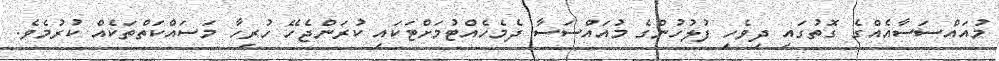
މުއައްސަސާއެއްގެ ގޮތުގައި ދިވެހި ފުލުހުންގެ މުއައްސަސާ ދެމެހެއްޓުމަށްޓަކައި ކުރަންޖެހޭ ހުރިހާ މަސައްކަތްތަކެއް ކުރުމެވެ.